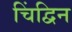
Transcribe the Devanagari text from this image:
चिंद्विन